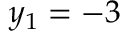
y _ { 1 } = - 3